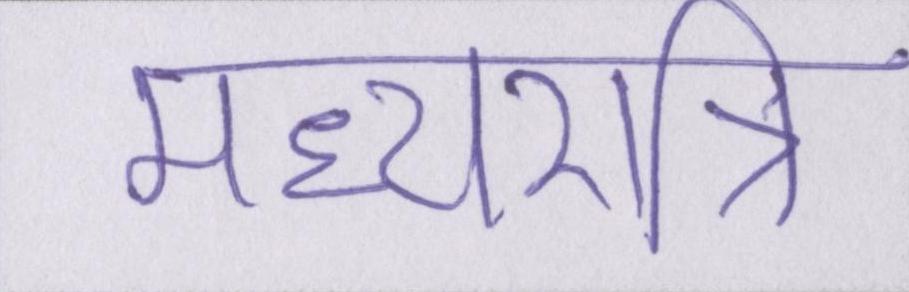
मध्यरात्रि